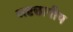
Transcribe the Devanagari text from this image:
अष्टछापीय